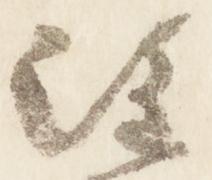
雖